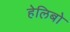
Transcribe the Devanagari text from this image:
हेलिबो